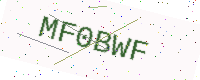
Text: MF0BWF